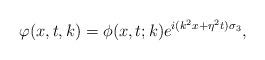
LaTeX: \begin{align*}\varphi(x,t,k)=\phi(x,t;k)e^{i(k^2x+\eta^2t)\sigma_3}, \end{align*}